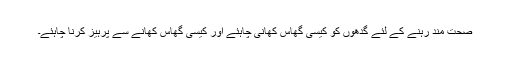
صحت مند رہنے کے لئے گدھوں کو کیسی گھاس کھانی چاہئے اور کیسی گھاس کھانے سے پرہیز کرنا چاہئے۔